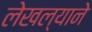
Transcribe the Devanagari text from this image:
लेखल्याने